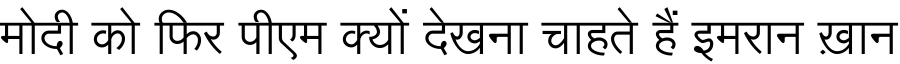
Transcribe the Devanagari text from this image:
मोदी को फिर पीएम क्यों देखना चाहते हैं इमरान ख़ान